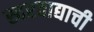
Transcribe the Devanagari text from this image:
स्वरवाद्याची